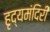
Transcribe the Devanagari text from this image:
हृद्यमंदिरीं